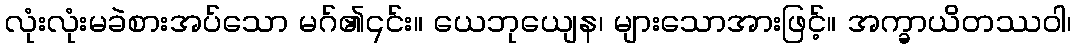
လုံးလုံးမခဲစားအပ်သော မဂ်၏၎င်း။ ယေဘုယျေန၊ များသောအားဖြင့်။ အက္ခာယိတဿဝါ၊